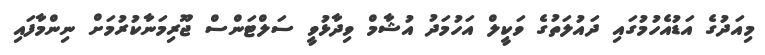
މިއަދުގެ އަޑުއެހުމުގައި ދައުލަތުގެ ވަކީލް އަހުމަދު އުޝާމް ވިދާޅުވީ ސަލްޓަންސް ޖޫރިމަނާކުރުމަށް ނިންމާފައި